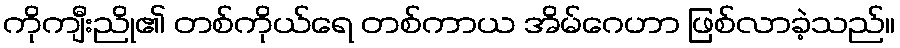
ကိုကျီးညို၏ တစ်ကိုယ်ရေ တစ်ကာယ အိမ်ဂေဟာ ဖြစ်လာခဲ့သည်။